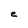
Character: e